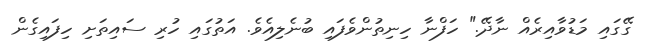
ގޭގައި މަޑުވާއިރެއް ނާދޭ." ހަފްނާ ހިނިތުންވެފައި ބުނެލިއެވެ. އަތުގައި ހުރި ސައިތަށި ހިފައިގެން